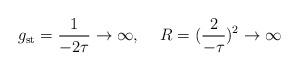
LaTeX: \begin{align*}g_{\rm st} = {1 \over - 2 \tau} \rightarrow \infty, \hskip0.5cm R = ({2 \over - \tau})^2 \rightarrow \infty\end{align*}